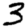
Digit: 3